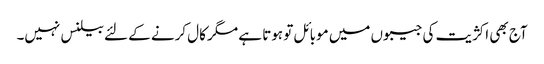
آج بھی اکژیت کی جیبوں میں موبائل تو ہوتا ہے مگر کال کرنے کے لئے بیلنس نہیں۔